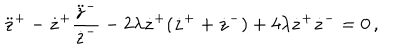
LaTeX: \ddot { z } ^ { + } - \dot { z } ^ { + } \frac { \ddot { z } ^ { - } } { \dot { z } ^ { - } } - 2 \lambda \dot { z } ^ { + } ( \dot { z } ^ { + } + \dot { z } ^ { - } ) + 4 \lambda \dot { z } ^ { + } \dot { z } ^ { - } = 0 \, ,